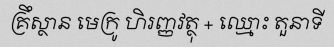
គ្រឹស្ថាន មេក្រូ ហិរញ្ញវត្ថុ + ឈ្មោះ តួនាទី